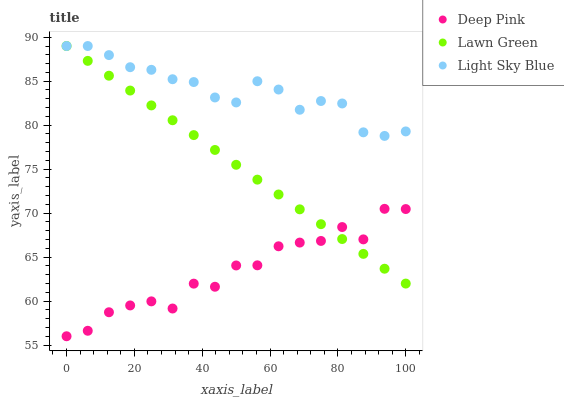
| xaxis_label | Deep Pink | Lawn Green | Light Sky Blue |
 | --- | --- | --- | --- |
 | 0 | 56 | 89 | 89 |
 | 6.25 | 56.6 | 87.3 | 89 |
 | 12.5 | 58.7 | 85.6 | 88 |
 | 18.8 | 59.5 | 83.9 | 86.6 |
 | 25 | 60 | 82.2 | 86.3 |
 | 31.2 | 59.2 | 80.6 | 85.2 |
 | 37.5 | 62 | 78.9 | 84.9 |
 | 43.8 | 61.6 | 77.2 | 83.2 |
 | 50 | 64 | 75.5 | 82.6 |
 | 56.2 | 64.1 | 73.8 | 85 |
 | 62.5 | 66.2 | 72.1 | 84.1 |
 | 68.8 | 66.7 | 70.4 | 81.8 |
 | 75 | 66.8 | 68.7 | 82.7 |
 | 81.2 | 68.4 | 67.1 | 82.5 |
 | 87.5 | 67 | 65.4 | 79.2 |
 | 93.8 | 70.5 | 63.7 | 78.8 |
 | 100 | 70.5 | 62 | 79.3 |